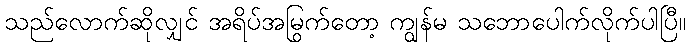
သည်လောက်ဆိုလျှင် အရိပ်အမြွက်တော့ ကျွန်မ သဘောပေါက်လိုက်ပါပြီ။